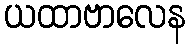
ယထာဗာလေန